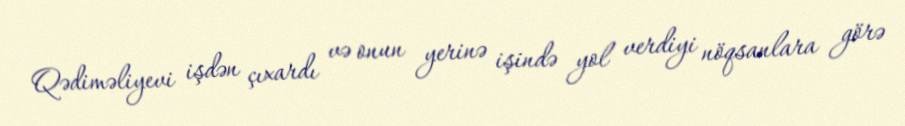
Qədiməliyevi işdən çıxardı və onun yerinə işində yol verdiyi nöqsanlara görə